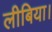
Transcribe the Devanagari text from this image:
लीबिया।